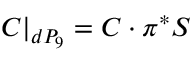
{ \cal C } | _ { d P _ { 9 } } = { \cal C } \cdot \pi ^ { * } { \cal S }